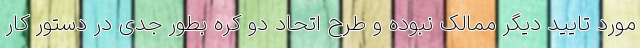
مورد تایید دیگر ممالک نبوده و طرح اتحاد دو کره بطور جدی در دستور کار